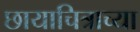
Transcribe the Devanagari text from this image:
छायाचित्राच्या